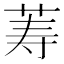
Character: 䓓